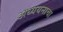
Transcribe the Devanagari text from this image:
अध्ययनाचा